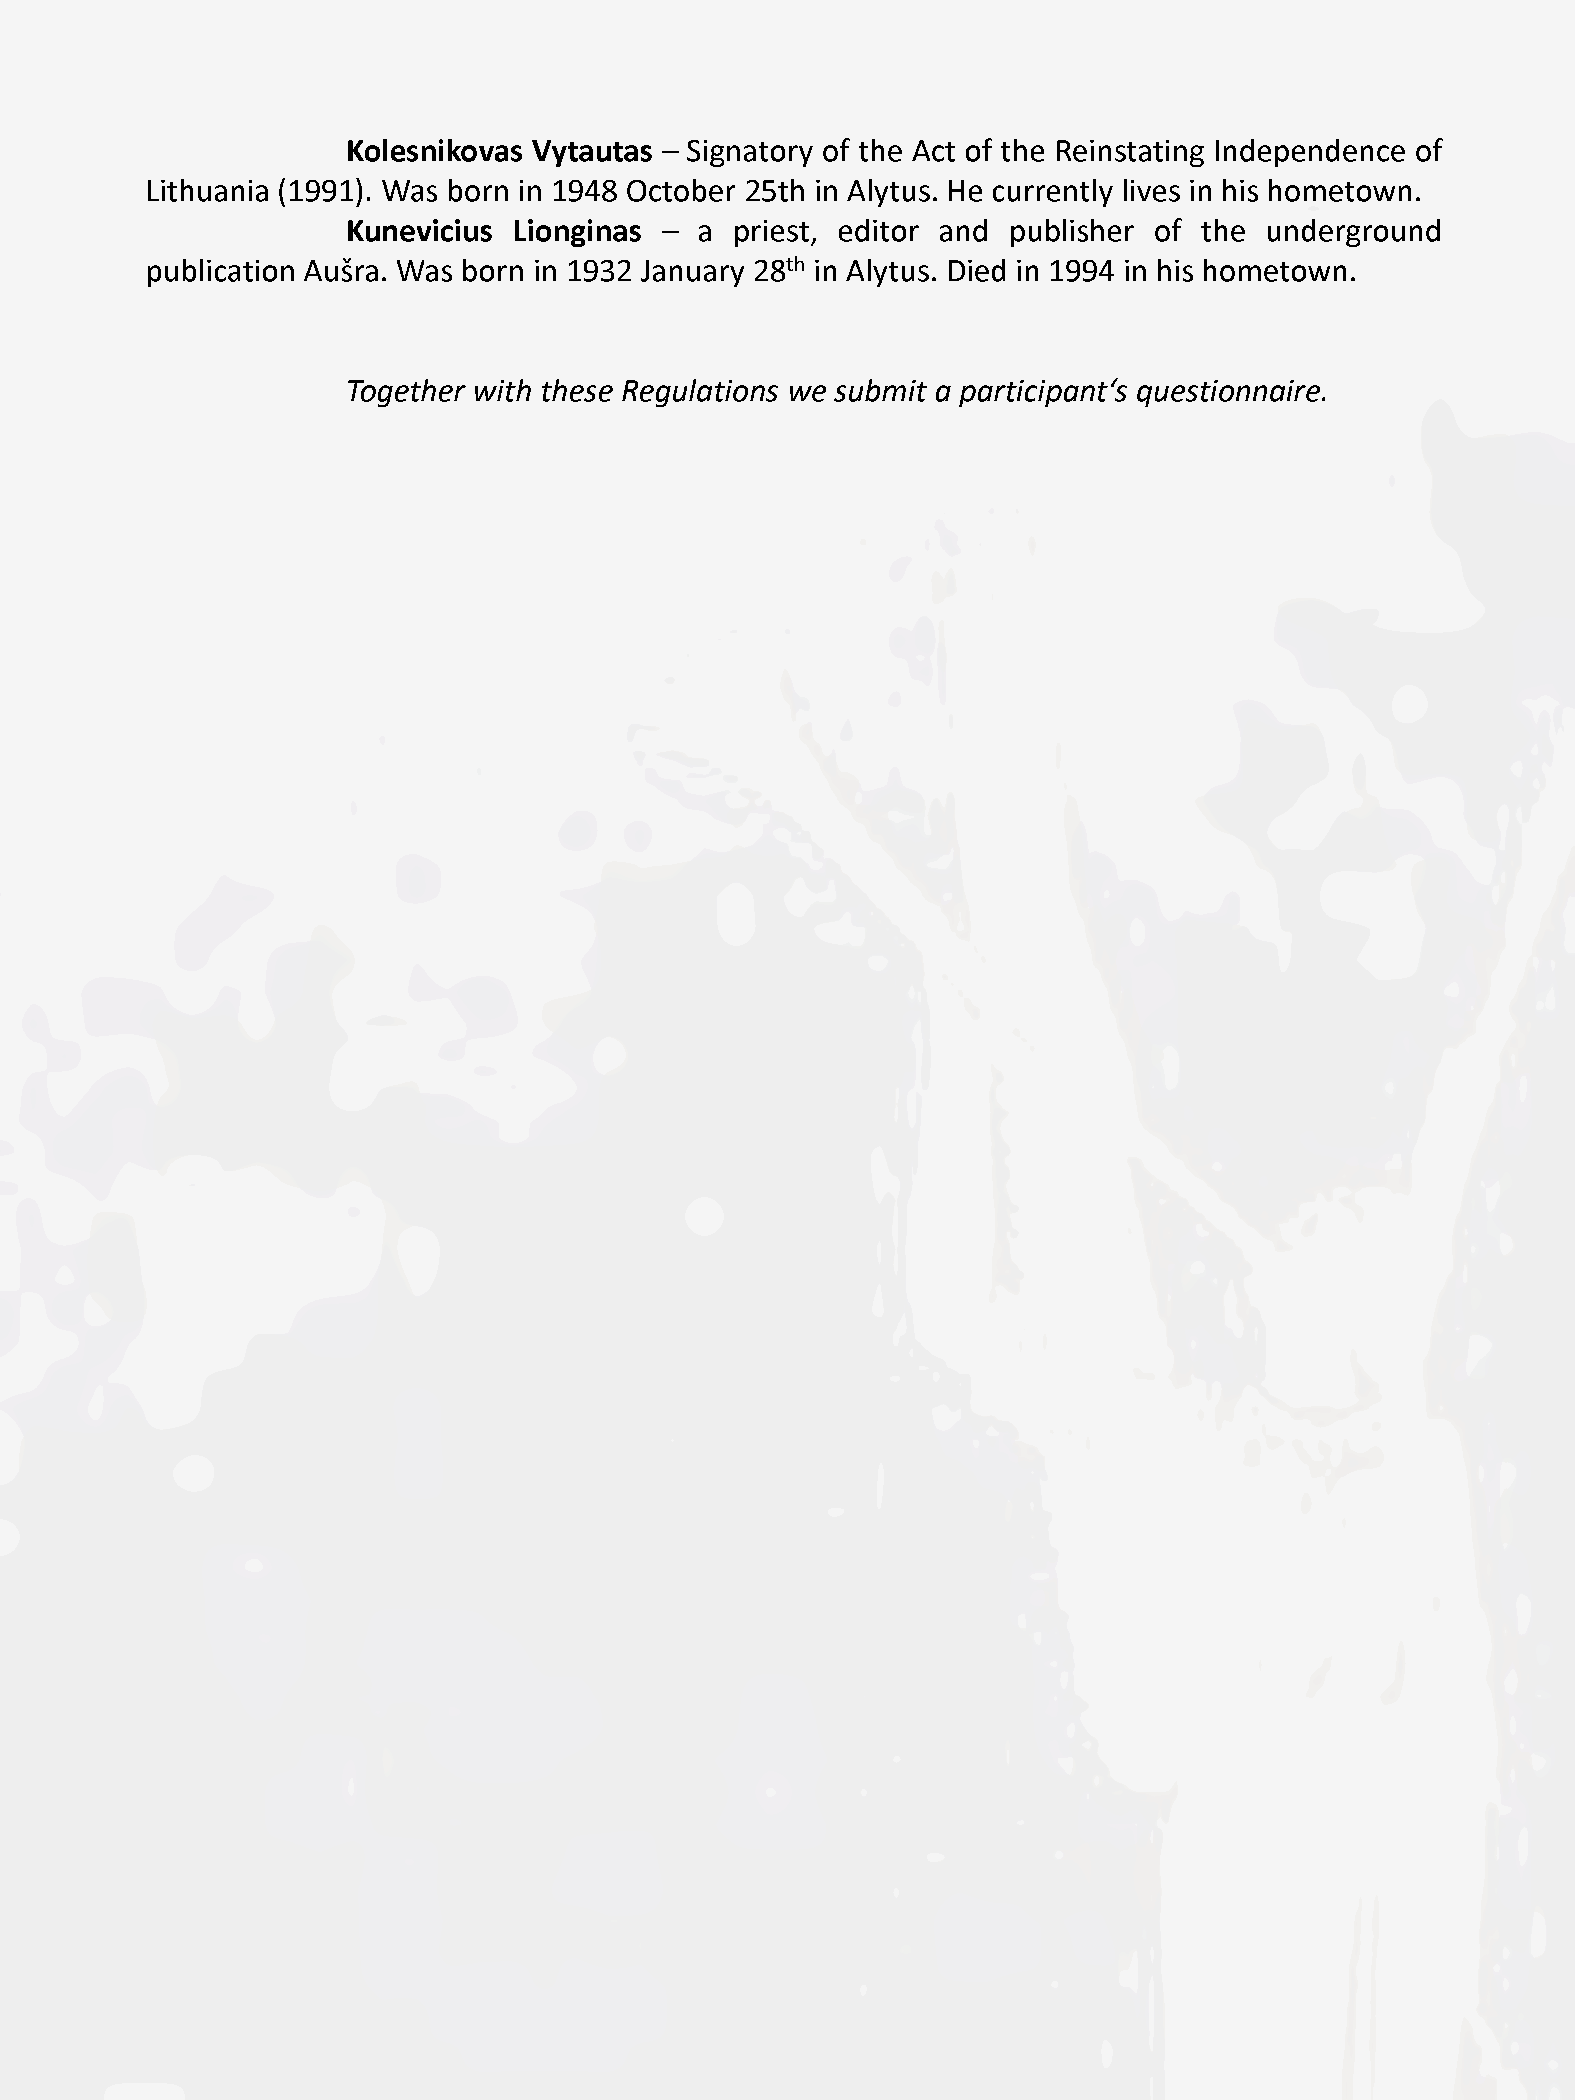
Kolesnikovas Vytautas - Signatory of the Act of the Reinstating Independence of
 Lithuania (1991). Was born in 1948 October 25th in Alytus. He currently lives in his hometown.
 Kunevičius Lionginas - a  priest, editor and publisher of the underground
 publication Aušra. Was born in 1932 January 28th in Alytus. Died in 1994 in his hometown.
 Together with these Regulations we submit a participant's questionnaire.